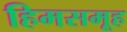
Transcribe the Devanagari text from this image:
हिमसमूह